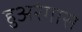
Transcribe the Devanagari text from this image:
हुअरंगास